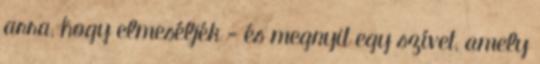
arra, hogy elmeséljék - és megnyit egy szívet, amely